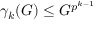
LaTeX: \gamma _ { k } ( G ) \leq G ^ { p ^ { k - 1 } }